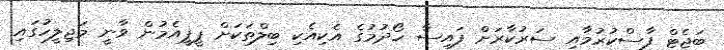
ބަޖެޓް ފާސްކުރުމާއި ސަރުކާރަށް ފައިސާ ހޯދުމުގެ އެކިއެކި ބިލްތަކަށް ޕީޕީއެމުން ވާނީ މަޖިލީހުގައި